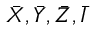
\bar { X } , \bar { Y } , \bar { Z } , \bar { I }